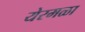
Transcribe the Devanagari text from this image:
येरमळा